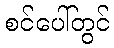
စင်ပေါ်တွင်